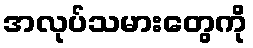
အလုပ်သမားတွေကို